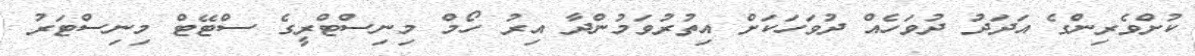
ކުށްވެރިންގެ އަދަދު ދުވަހެއް ދުވަހަކަށް އިތުރުވަމުންދާ އިރު ހޯމް މިނިސްޓްރީގެ ސްޓޭޓް މިނިސްޓަރު